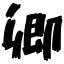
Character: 卿